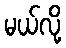
မယ်လို့